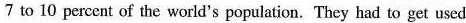
7 to 10 percent of the world's population. They had to get used